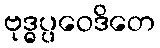
ဗုဒ္ဓပ္ပဝေဒိတေ